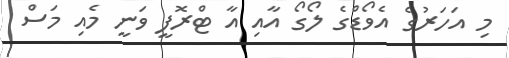
މި އަހަރުގެ އެވޯޑްގެ ލޯގޯ އާއި އާ ޓްރޮފީ ވަނީ މެއި މަސް